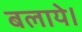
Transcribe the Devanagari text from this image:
बलाये।